Riigikantselei, lk 34
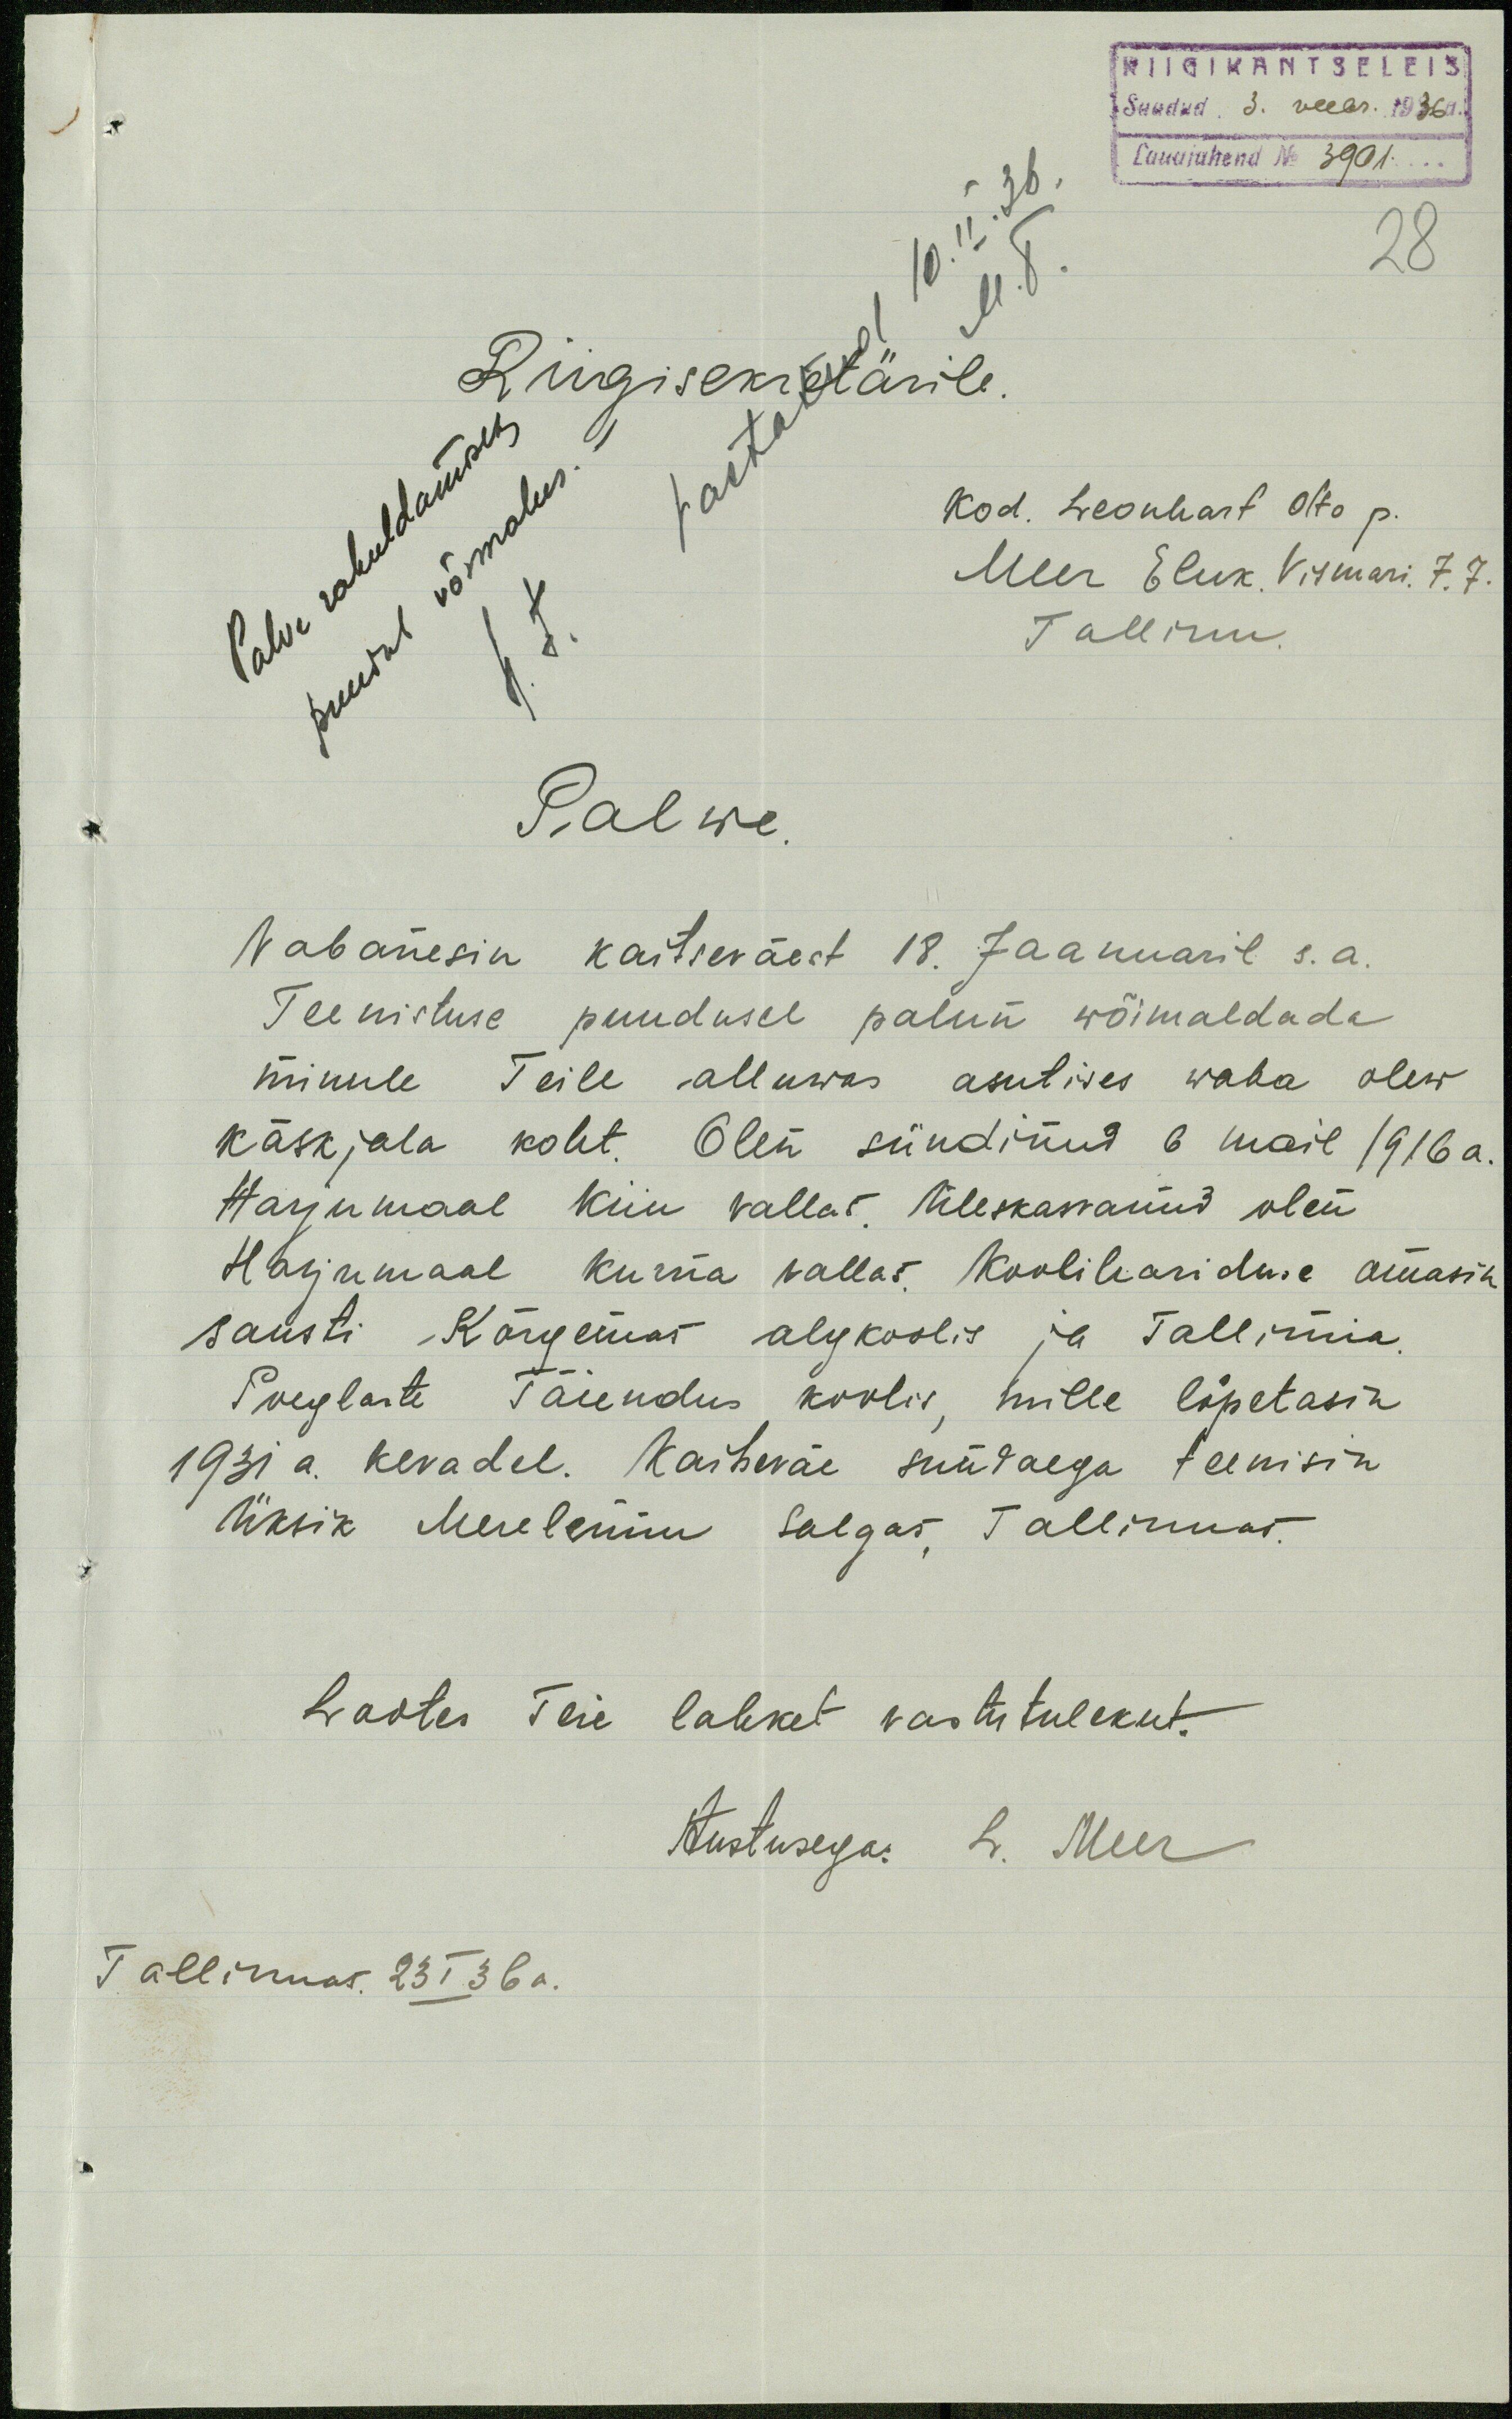
RIIGIKANTSELEIS
Saadud 3. veebr. 1936a.
Lauajuhend N 3901
28
Palve rahuldamiseks
puudub võimalus.
H. F.
Vastatud 10. II. 36.
M. T.
Riigisekretärile.
Kod. Leonhard Otto p.
Meer Eluk. Vismari. 7.7
Tallinn.
Palwe
Vabanesin kaitseväest 18. Jaanuaril s.a.
Teenistuse puudusel palun wõimaldada
minule Teile alluwas asutises waba olew
käskjala koht. Olen sündinud 6 mail 1916 a.
Harjumaal Kiiu vallas. Üleskassanud olen
Harjumaal Kurna vallas. Koolihariduse omasin
Sausti Kõrgemas algkoolis ja Tallinna
Poeglaste Täiendus koolis, mille lõpetasin
1931 a. kevadel. Kaitseväe sundaega teenisin
Üksik Merelennu salgas, Tallinnas.
Lootes Teie lahket vastutulekut.
Austusega: L. Meer
Tallinnas. 23 I 36 a.